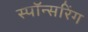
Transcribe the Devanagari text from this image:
स्पॉन्सरिंग